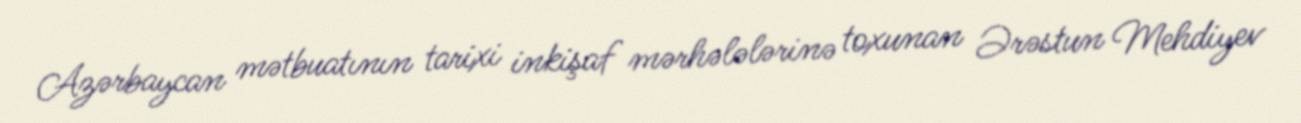
Azərbaycan mətbuatının tarixi inkişaf mərhələlərinə toxunan Ərəstun Mehdiyev